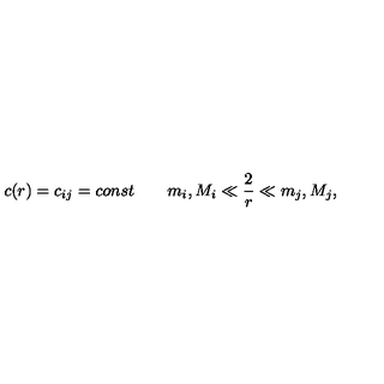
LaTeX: c ( r ) = c _ { i j } = c o n s t \qquad m _ { i } , M _ { i } \ll \frac { 2 } { r } \ll m _ { j } , M _ { j } ,